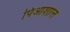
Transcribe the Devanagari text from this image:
पिआशाल